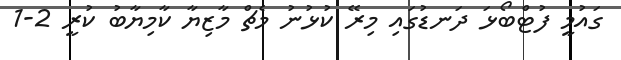
ގައުމީ ފުޓްބޯޅަ ދަނޑުގައި މިރޭ ކުޅުނު މެޗް މާޒިޔާ ކާމިޔާބު ކުރީ 2-1